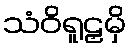
သံဝိရူဠှမှိ